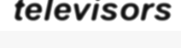
televisors